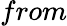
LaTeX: from